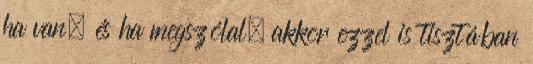
ha van, és ha megszólal, akkor ezzel is tisztában